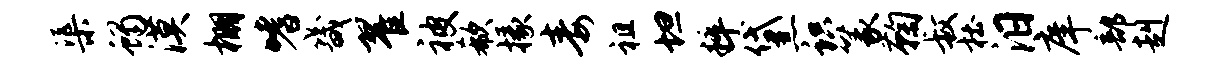
渠蝎漠棚嗜畿翟被欷掾毒祖坦粹黛识篆鞠叔杜汨庠部赳